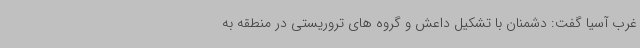
غرب آسیا گفت: دشمنان با تشکیل داعش و گروه های تروریستی در منطقه به